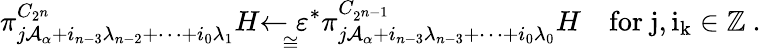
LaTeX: \pi_{j\mathcal{A}_{\alpha}+i_{n-3}\lambda_{n-2}+\cdots+i_{0}\lambda_{1}}^{C_{2^{n}}}H\underset{\cong}{\xleftarrow{}{{\varepsilon^{*}}}}\pi_{j\mathcal{A}_{\alpha}+i_{n-3}\lambda_{n-3}+\cdots+i_{0}\lambda_{0}}^{C_{2^{n-1}}}H\quad\mathrm{{for~j,i_k\in\mathbb{{Z}}~}}.